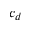
c _ { d }